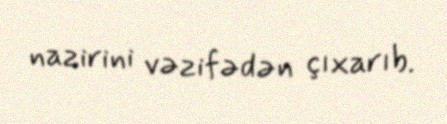
nazirini vəzifədən çıxarıb.